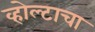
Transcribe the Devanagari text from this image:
व्होल्टाचा